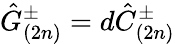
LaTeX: \hat{G}_{(2n)}^{\pm}=d\hat{C}_{(2n)}^{\pm}